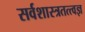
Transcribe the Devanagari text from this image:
सर्वशास्त्रतत्त्वज्ञ